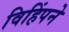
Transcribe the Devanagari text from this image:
विहिंपने